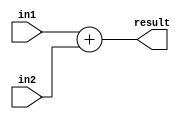
`timescale 1ns / 1ps
//////////////////////////////////////////////////////////////////////////////////
// Company: 
// Engineer: 
// 
// Design Name: 
// Module Name: adder
// Project Name: 
// Target Devices: 
// Tool Versions: 
// Description: 
// 
// Dependencies: 
// 
// Revision:
// Revision 0.01 - File Created
// Additional Comments:
// 
//////////////////////////////////////////////////////////////////////////////////

module adder(

input[31:0] in1, input [31:0] in2, output [31:0] result

    );
    
    assign result = in1 + in2;
    
endmodule

module mux(

input [31:0] in1, input [31:0] in2, input signal, output [31:0] result 

    );
    
    assign result = (!signal) ? in1 : in2; 
    
endmodule